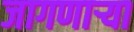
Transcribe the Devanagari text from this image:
जागणाऱ्या